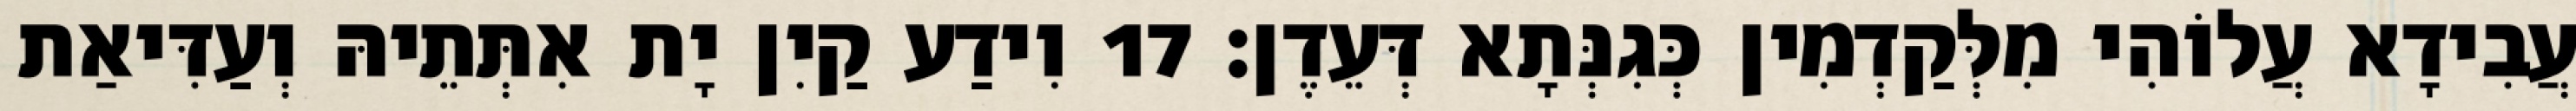
עֲבִידָא עֲלוֹהִי מִלְּקַדְמִין כְּגִנְּתָא דְּעֵדֶן׃ 17 וִידַע קַיִן יָת אִתְּתֵיהּ וְעַדִּיאַת